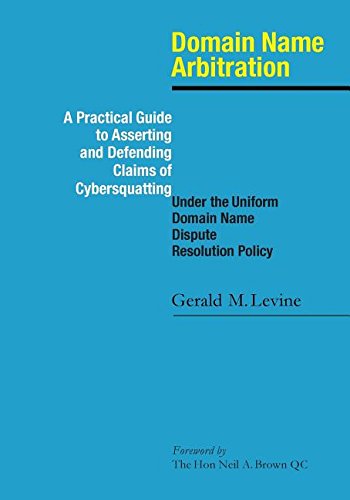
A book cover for Domain Name Arbitration: A Practical Guide to Asserting and Defending Claims of Cybersquatting Under the Uniform Domain Name Dispute Resolution Policy; Gerald M. Levine; Law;